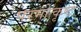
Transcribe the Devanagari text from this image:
परमोत्कृष्ट